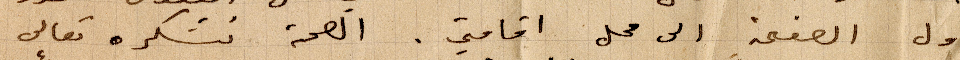
أول الصفحة الى محل اقامتي. الصحة نشكره تعالى